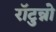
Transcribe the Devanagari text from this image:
राॅटुन्नो